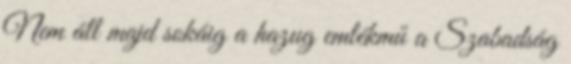
Nem áll majd sokáig a hazug emlékmű a Szabadság